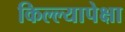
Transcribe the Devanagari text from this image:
किल्ल्यापेक्षा